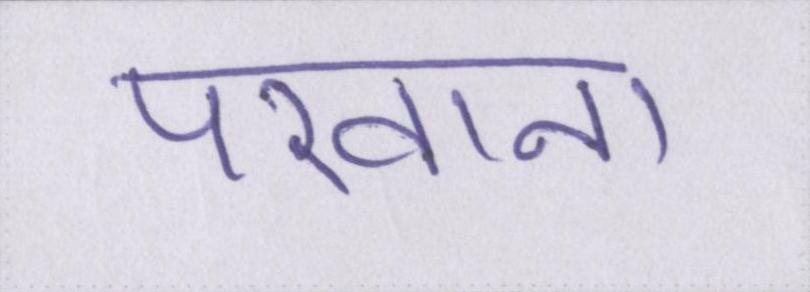
परवाना